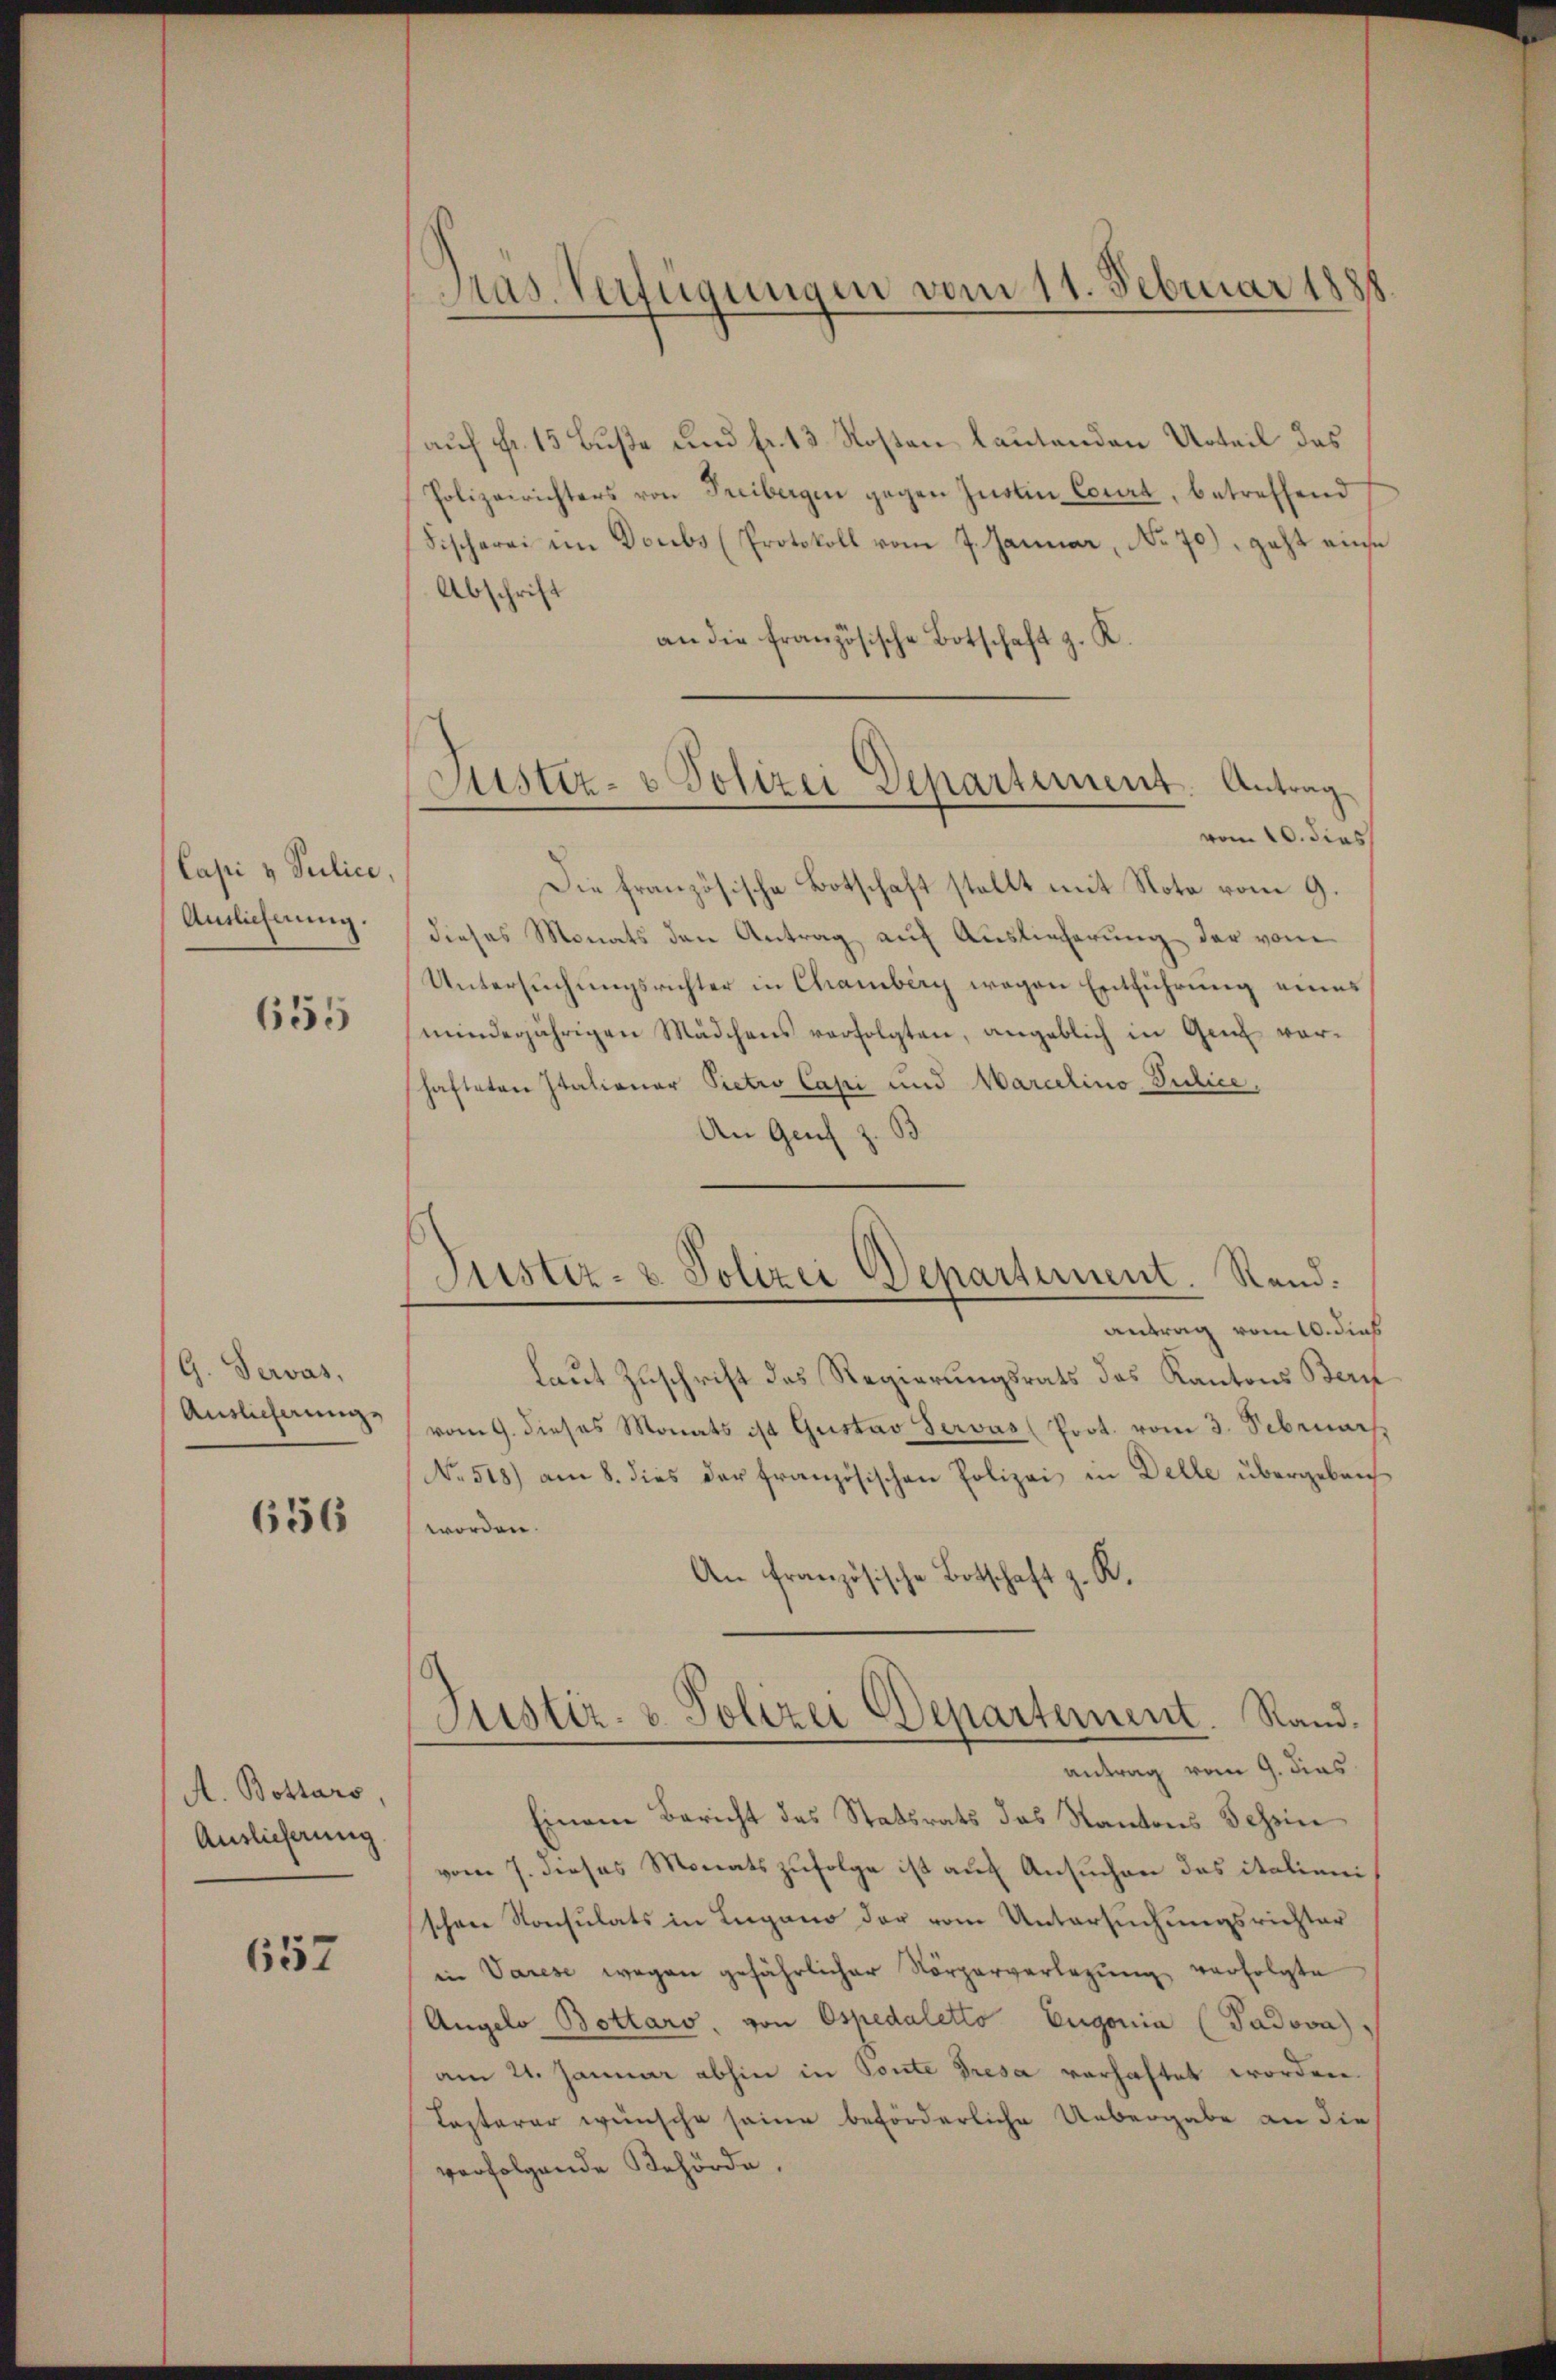
(Casi & Juilice
Auslicherung.

655

G. Servas,
Auslicherung

636

A. Bottars
Auslieferung

657

Pras. Verfügungen vom 11. Februar 1888

auf fr. 15 Buße und fr. 13 Kosten lautenden Urteil des
Polizeirichters von Freibergen gegen Justin Court, betreffend
Fischerei im Doubs (Protokoll vom 7. Januar, No. 70), geht ause
Abschrift
an die französische Botschaft z. K.
vom 10. dies
Die französische Botschaft stellt mit Note vom 9.
dieses Monats den Antrag auf Auslieferung der vom
Untersuchungsrichter in Chamberg wegen Entführung eines
minderjährigen Mädchens verfolgten, angeblich in Genf vorhafteten Italianer Pietro Capi und Marcelino Pilice,
An Genf z. B
antrag vom 10. dieß
laut Zuschrift des Regierungsrats das Kantons Bern
vom 9. dieses Monats ist Gustav Servus (Prot. vom 3. Sebruar
No. 518) am 8. dies der französischen Polizei in Delle übergeben
worden.
An Französische Botschaft z. R.
Justiz- & Polizei Departement. Rand.
antrag vom 9. dies
Einem Bericht des Statsrats das Kantons Schein
vom 7. dieses Monatszufolge ist auf Ansuchen das italienischene Konsulats in Lugano der vom Untersuchungsrichter
in Varese wegen gefährlicher Körperverlegung verfolgte
Angelo Bottaro, von Ospedaletto Eugonia (Padova
am 21. Januar abhin in Ponte Tresa verhaftet worden.
Castarer wünsche seine beförderliche Uebergabe an die
verfolgende Behörde.

Justiz- & Polizei Departement. Antrag

Justiz- & Polizei Departement. Rand.